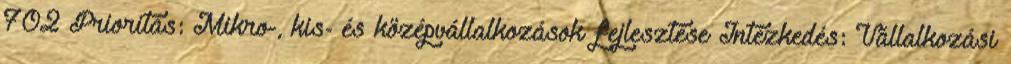
702 Prioritás: Mikro-, kis- és középvállalkozások fejlesztése Intézkedés: Vállalkozási